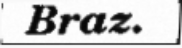
Braz.